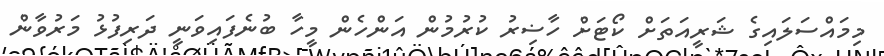
މިމައްސަލައިގެ ޝަރީއަތަށް ކޯޓަށް ހާޟިރު ކުރުމުން އަންހެން މީހާ ބުނެފައިވަނީ ދަރިފުޅު މަރުވާން